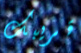
قريبك